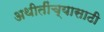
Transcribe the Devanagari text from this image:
अथीतींच्यासाठी